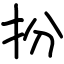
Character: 扮